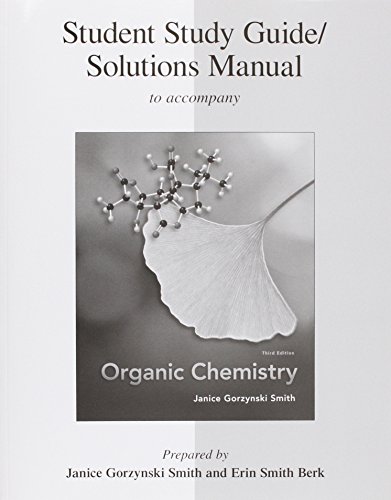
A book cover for Study Guide/Solutions Manual for Organic Chemistry; Janice Smith; Science & Math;